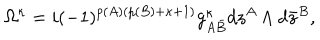
LaTeX: \Omega ^ { \kappa } = i ( - 1 ) ^ { p ( A ) ( p ( B ) + \kappa + 1 ) } g _ { A { \bar { B } } } ^ { \kappa } d z ^ { A } \wedge d { \bar { z } } ^ { B } ,